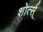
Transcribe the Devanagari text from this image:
शोर्त्स्